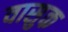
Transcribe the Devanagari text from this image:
वासुक